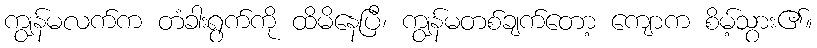
ကျွန်မလက်က တံခါးရွက်ကို ထိမိနေပြီ၊ ကျွန်မတစ်ချက်တော့ ကျောက စိမ့်သွား၏။